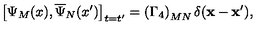
\left[ \Psi _ { M } ( x ) , \overline { { \Psi } } _ { N } ( x ^ { \prime } ) \right] _ { t = t ^ { \prime } } = \left( \Gamma _ { 4 } \right) _ { M N } \delta ( \mathbf { x } - \mathbf { x } ^ { \prime } ) ,